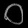
Digit: ၀